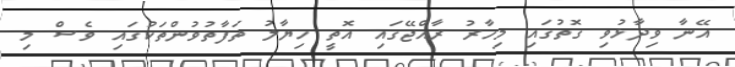
އޭނާ ވިދާޅުވި ގޮތުގައި މިހާރު ރާއްޖޭގައި އޮތީ ހިޔާލު ތަފާތުވުންތަކުގައި ވެސް މި